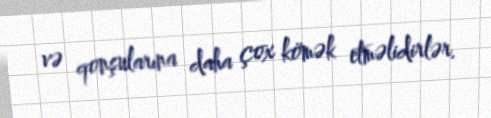
və qonşularına daha çox kömək etməlidirlər.